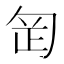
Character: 𭅊